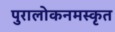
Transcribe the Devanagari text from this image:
पुरालोकनमस्कृत